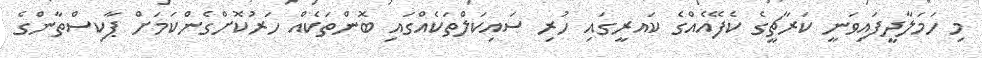
މި ހަމަލާދީފައިވަނީ ކަރާޗީގެ ކެފޭއެއްގެ ކައރީގައި ހުރި ސައިކަލްތަކެއްގައި ބޮންތަކެއް ހަރުކޮށްގެންކަމަށް ޕާކިސްތާންގެ